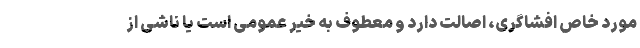
مورد خاص افشاگری، اصالت دارد و معطوف به خیر عمومی است یا ناشی از